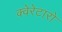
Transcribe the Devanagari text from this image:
क्वेरेटारो